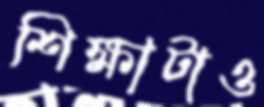
শিক্ষাটাও